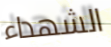
الشهداء